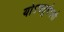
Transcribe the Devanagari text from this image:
योऽचतुर्वदनो